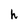
Character: h